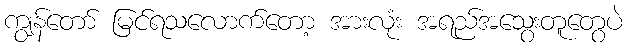
ကျွန်တော် မြင်ရသလောက်တော့ အားလုံး အရည်အသွေးတူတွေပဲ